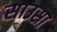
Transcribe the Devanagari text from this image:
साउसा